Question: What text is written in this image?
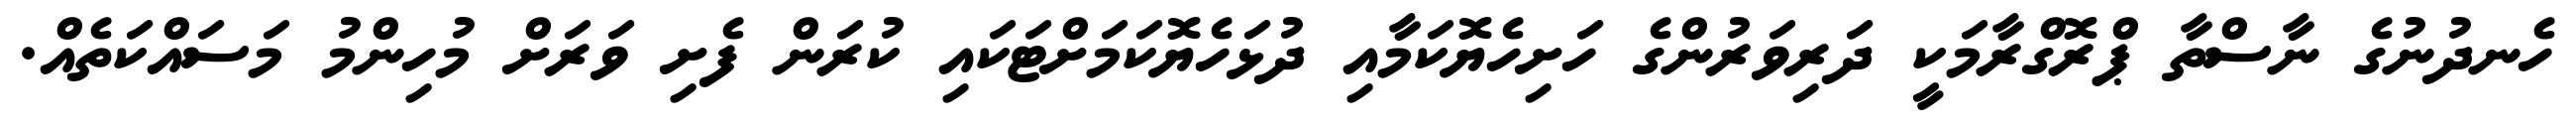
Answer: ހެނދުނުގެ ނާސްތާ ޕްރޮގްރާމަކީ ދަރިވަރުންގެ ހަށިހެޔޮކަމާއި ދުޅަހެޔޮކަމަށްޓަކައި ކުރަން ފެށި ވަރަށް މުހިންމު މަސައްކަތެއް.